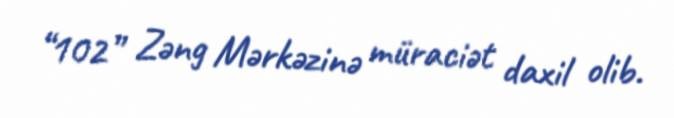
“102” Zəng Mərkəzinə müraciət daxil olib.